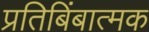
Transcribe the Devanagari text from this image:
प्रतिबिंबात्मक